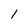
Character: 1